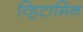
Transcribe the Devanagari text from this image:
व्हिटामिन